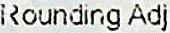
ROUNDING ADJ